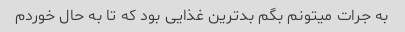
به جرات میتونم بگم بدترین غذایی بود که تا به حال خوردم